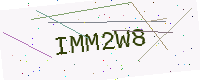
Text: IMM2W8